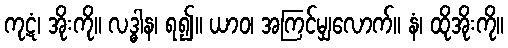
ကုဋံ၊ အိုးကို။ လဒ္ဓါန၊ ရ၍။ ယာဝ၊ အကြင်မျှလောက်။ နံ၊ ထိုအိုးကို။